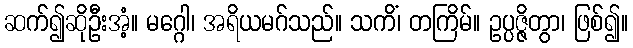
ဆက်၍ဆိုဦးအံ့။ မဂ္ဂေါ၊ အရိယမဂ်သည်။ သကိံ၊ တကြိမ်။ ဥပ္ပဇ္ဇိတွာ၊ ဖြစ်၍။